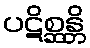
ပဋိစ္ဆန္တိ